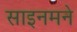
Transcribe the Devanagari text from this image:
साइनमने